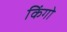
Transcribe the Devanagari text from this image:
किंगो